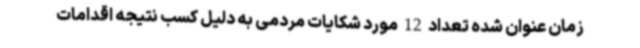
زمان عنوان شده تعداد 12 مورد شکایات مردمی به دلیل کسب نتیجه اقدامات